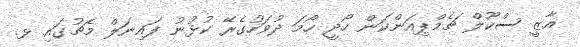
ޣާޒީ ސްކޫލް ޗެމްޕިއަންކަން ހޯދީ ހޯމަ ދުވަހުގެރޭ ކުޅުނު ފައިނަލް މެޗުގައި ޅ.